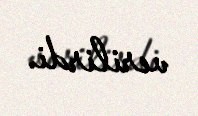
verilirdi.